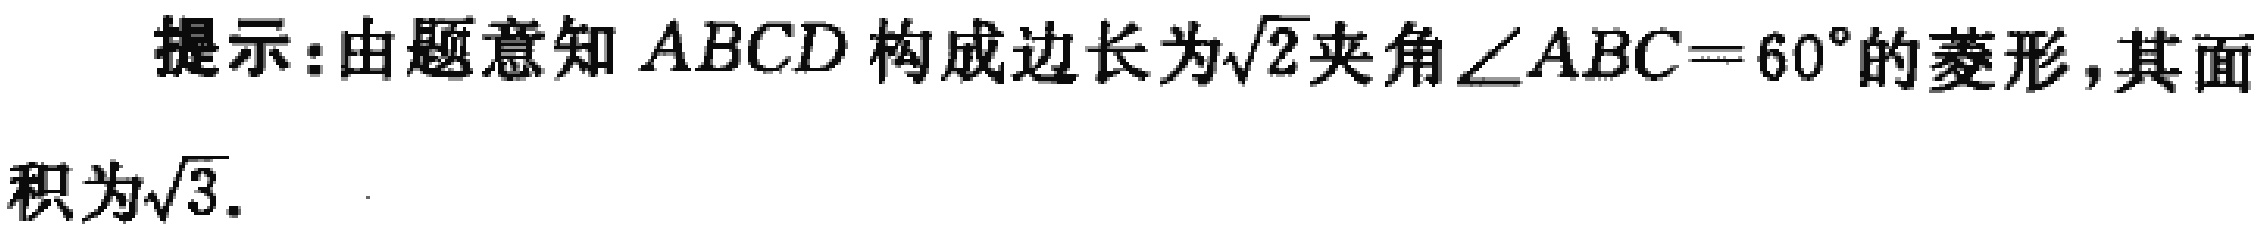
提示：由题意知 \(ABCD\) 构成边长为\(\sqrt{2}\)夹角\(\angle ABC = 60^{\circ}\)的菱形，其面积为\(\sqrt{3}\).